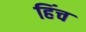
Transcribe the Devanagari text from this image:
हिंच